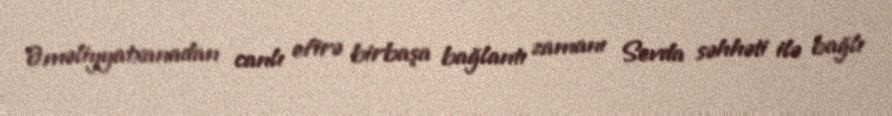
Əməliyyatxanadan canlı efirə birbaşa bağlantı zamanı Sevda səhhəti ilə bağlı